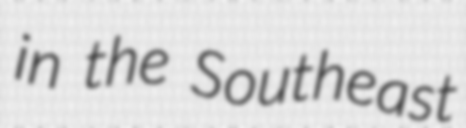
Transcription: in the Southeast